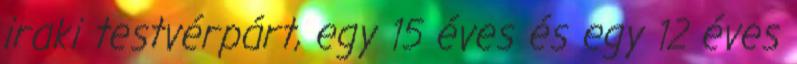
iraki testvérpárt, egy 15 éves és egy 12 éves